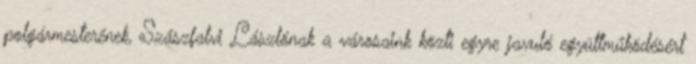
polgármesterének, Szászfalvi Lászlónak a városaink közti egyre javuló együttműködésért